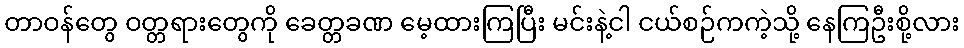
တာဝန်တွေ ဝတ္တရားတွေကို ခေတ္တခဏ မေ့ထားကြပြီး မင်းနဲ့ငါ ငယ်စဉ်ကကဲ့သို့ နေကြဦးစို့လား